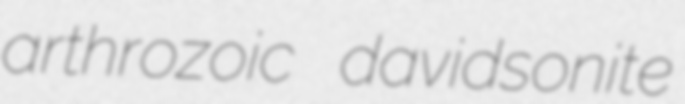
arthrozoic davidsonite